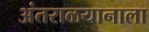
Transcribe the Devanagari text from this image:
अंतराळयानाला